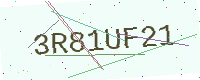
Text: 3R81UF21